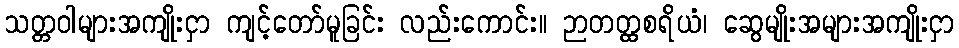
သတ္တဝါများအကျိုးငှာ ကျင့်တော်မူခြင်း လည်းကောင်း။ ဉာတတ္ထစရိယံ၊ ဆွေမျိုးအများအကျိုးငှာ